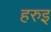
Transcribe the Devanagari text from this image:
हरुइ